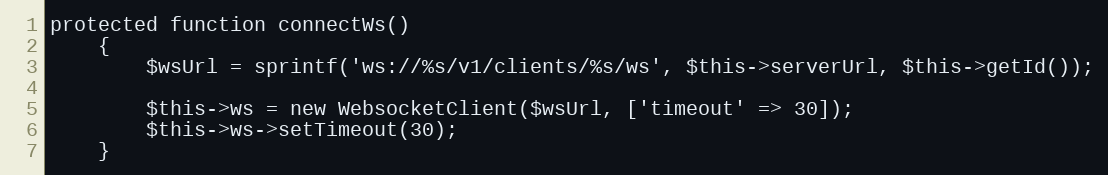
Language: PHP
protected function connectWs()
	{
		$wsUrl = sprintf('ws://%s/v1/clients/%s/ws', $this->serverUrl, $this->getId());

		$this->ws = new WebsocketClient($wsUrl, ['timeout' => 30]);
		$this->ws->setTimeout(30);
	}